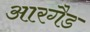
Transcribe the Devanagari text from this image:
आरगैड